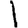
Digit: 1